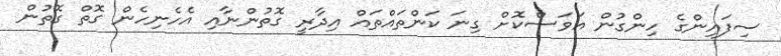
ސިފައިންގެ ހިންގުން އަވަސްކޮށް ގިނަ ކަންތައްތައް އިދާރީ ގޮތުންނާއި އެހެނިހެން ގޮތް ގޮތުން